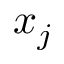
x _ { j }